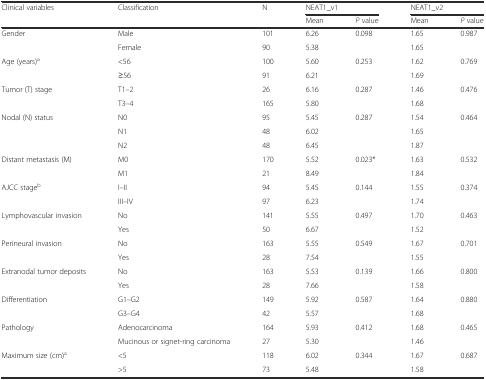
| <ROWSPAN=2> Clinical variables | <ROWSPAN=2> Classification | <ROWSPAN=2> N | <COLSPAN=2> NEAT1_v1 | <COLSPAN=2> NEAT1_v2 |
 | Mean | P value | Mean | P value |
 | --- | --- | --- | --- | --- | --- | --- |
 | Gender | Male | 101 | 6.26 | 0.098 | 1.65 | 0.987 |
 |  | Female | 90 | 5.38 |  | 1.65 |  |
 | Age (years)a | <56 | 100 | 5.60 | 0.253 | 1.62 | 0.769 |
 |  | ≥56 | 91 | 6.21 |  | 1.69 |  |
 | Tumor (T) stage | T1–2 | 26 | 6.16 | 0.287 | 1.46 | 0.476 |
 |  | T3–4 | 165 | 5.80 |  | 1.68 |  |
 | Nodal (N) status | N0 | 95 | 5.45 | 0.287 | 1.54 | 0.464 |
 |  | N1 | 48 | 6.02 |  | 1.65 |  |
 |  | N2 | 48 | 6.45 |  | 1.87 |  |
 | Distant metastasis (M) | M0 | 170 | 5.52 | 0.023* | 1.63 | 0.532 |
 |  | M1 | 21 | 8.49 |  | 1.84 |  |
 | AJCC stageb | I–II | 94 | 5.45 | 0.144 | 1.55 | 0.374 |
 |  | III–IV | 97 | 6.23 |  | 1.74 |  |
 | Lymphovascular invasion | No | 141 | 5.55 | 0.497 | 1.70 | 0.463 |
 |  | Yes | 50 | 6.67 |  | 1.52 |  |
 | Perineural invasion | No | 163 | 5.55 | 0.549 | 1.67 | 0.701 |
 |  | Yes | 28 | 7.54 |  | 1.55 |  |
 | Extranodal tumor deposits | No | 163 | 5.53 | 0.139 | 1.66 | 0.800 |
 |  | Yes | 28 | 7.66 |  | 1.58 |  |
 | Differentiation | G1–G2 | 149 | 5.92 | 0.587 | 1.64 | 0.880 |
 |  | G3–G4 | 42 | 5.57 |  | 1.68 |  |
 | Pathology | Adenocarcinoma | 164 | 5.93 | 0.412 | 1.68 | 0.465 |
 |  | Mucinous or signet-ring carcinoma | 27 | 5.30 |  | 1.46 |  |
 | Maximum size (cm)a | <5 | 118 | 6.02 | 0.344 | 1.67 | 0.687 |
 |  | >5 | 73 | 5.48 |  | 1.58 |  |